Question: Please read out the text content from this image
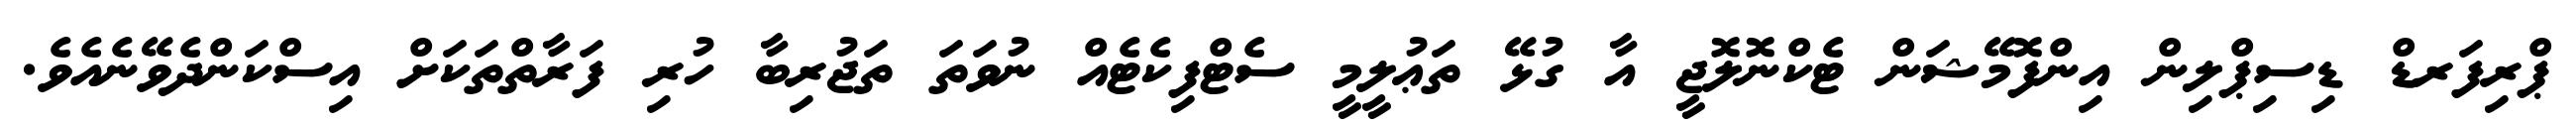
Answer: ޕްރިފަރޑް ޑިސިޕްލިން އިންފޮމޭޝަން ޓެކްނޮލޮޖީ އާ ގުޅޭ ތަޢުލީމީ ސެޓްފިކެޓެއް ނުވަތަ ތަޖުރިބާ ހުރި ފަރާތްތަކަށް އިސްކަންދެވޭނެއެވެ.